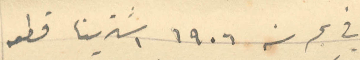
في بحر سنة ١۹٠٦ اشترينا قطعه